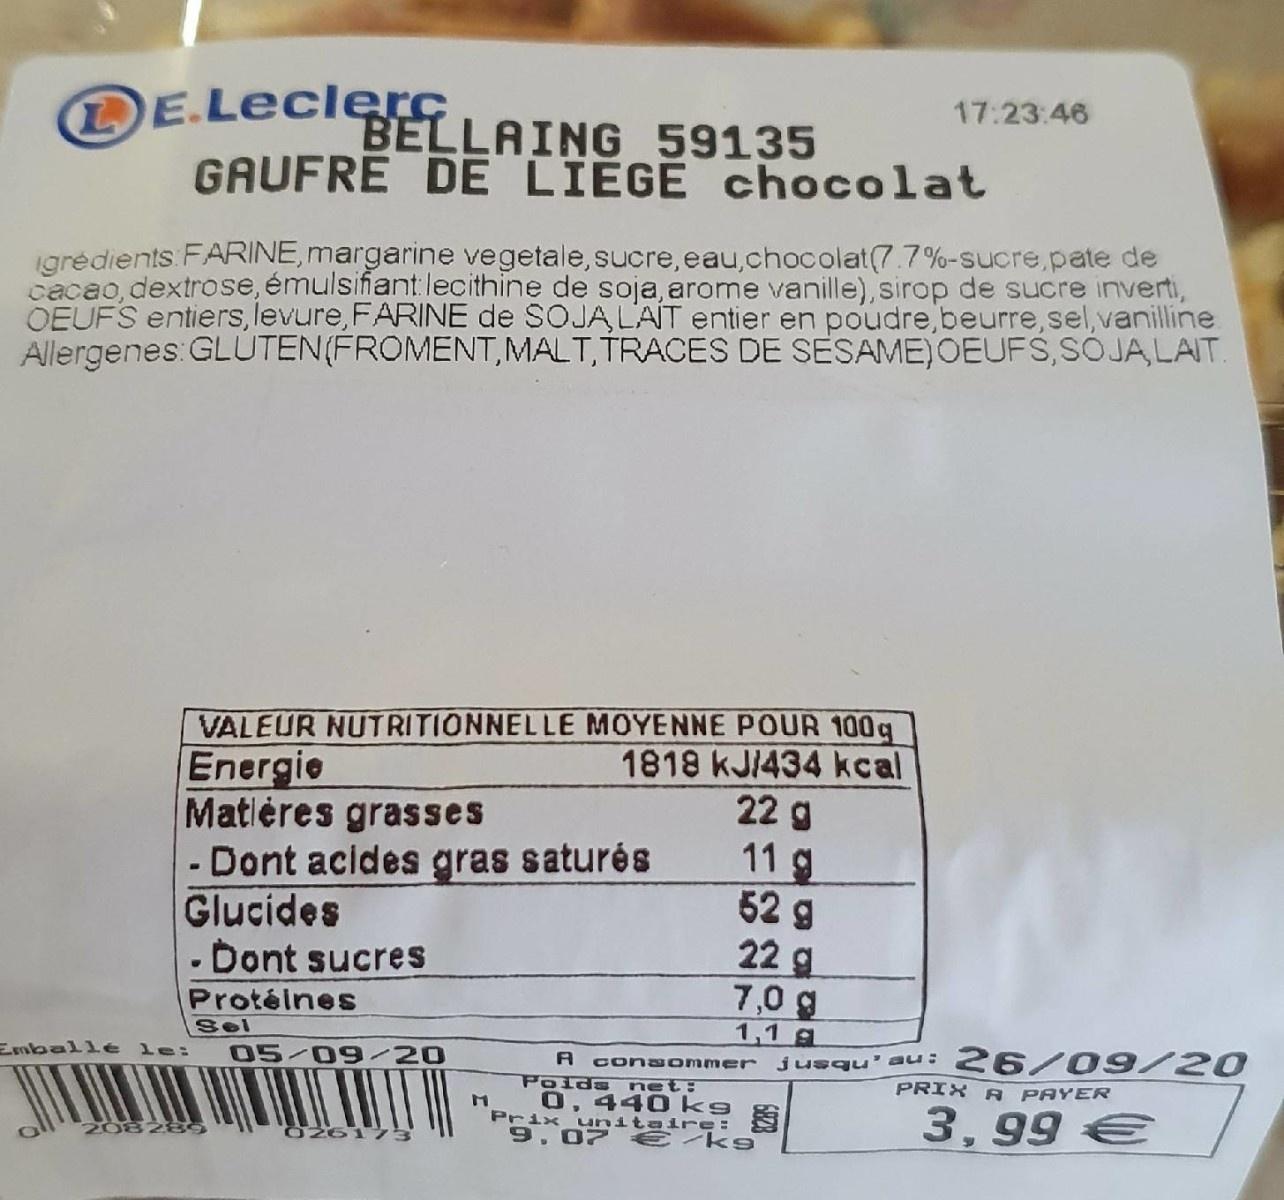
DE.LECIELLAING 59135
17:23:46
E.Leclere
GAUFRE DE LIEGE chocolat
igrėdients FARINE, margarine vegetale, sucre, eau,chocolat(7.7%-sucre, pate de cacao, dextrose, émulsiñant lecithine de soja, arome vanille), sirop de sucre inverti, OEUFS entiers, levure,FARINE de SOJĄ L'AIT entier en poudre,beurre,sel,vanilline Allergenes: GLUTEN(FROMENT,MALT, TRACES DE SESAME)OEUFS,SÓJA, LAIT.
VALEUR NUTRITIONNELLE MOYENNE POUR 100g Energie Matières grasses Dont acides gras saturés Glucides - Dont sucres
1818 kJ/434 kcal 22 g
11 g 52 g 22 g 7,0 g 1,1 g
Protéines Sel 05/09/20
consommer jusqu'au: 26/09/20 Poids net: 0, 440 kg Prix unitaire: S 9,07 €/k9
Emballe le:
A
PRIX A PAYER
3,99
20828S
0261